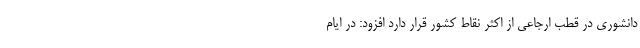
دانشوری در قطب ارجاعی از اکثر نقاط کشور قرار دارد افزود: در ایام